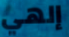
إلهي